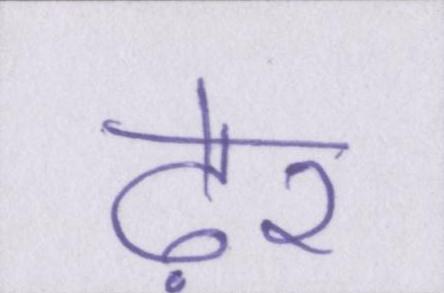
ढ़ेर